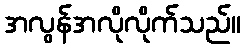
အလွန်အလိုလိုက်သည်။